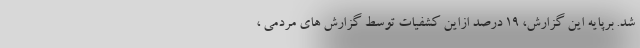
شد. برپایه این گزارش، 19 درصد ازاین کشفیات توسط گزارش های مردمی ،